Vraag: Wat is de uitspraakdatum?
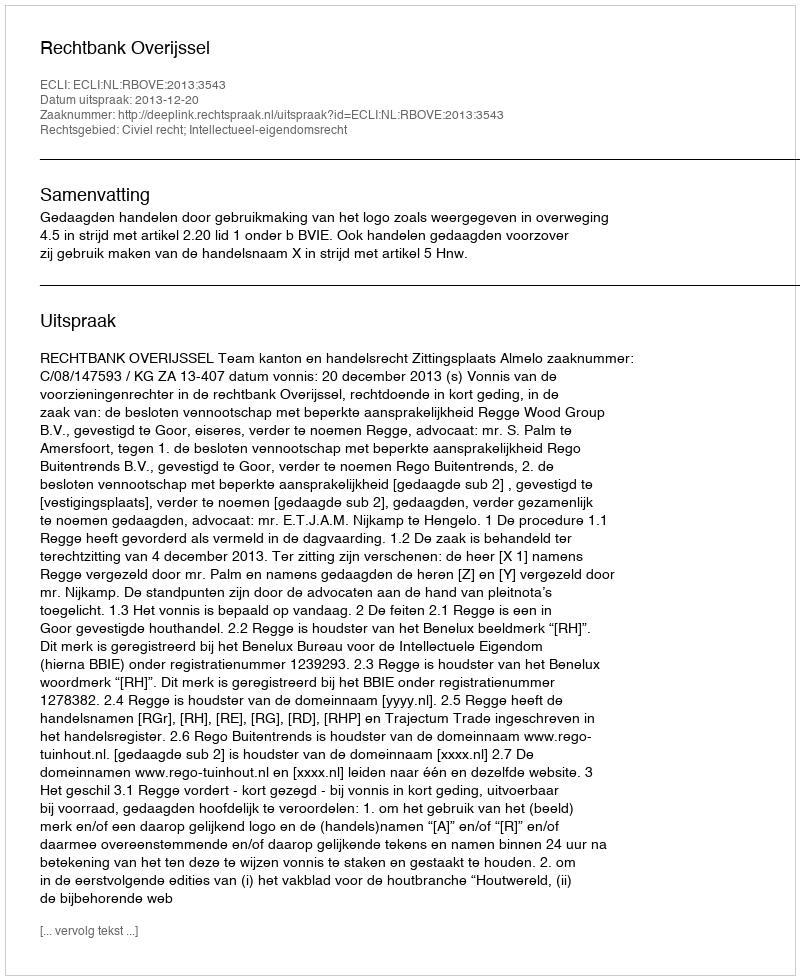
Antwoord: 2013-12-20